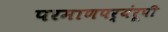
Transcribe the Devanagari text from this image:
परमाणपर्यंरूपी